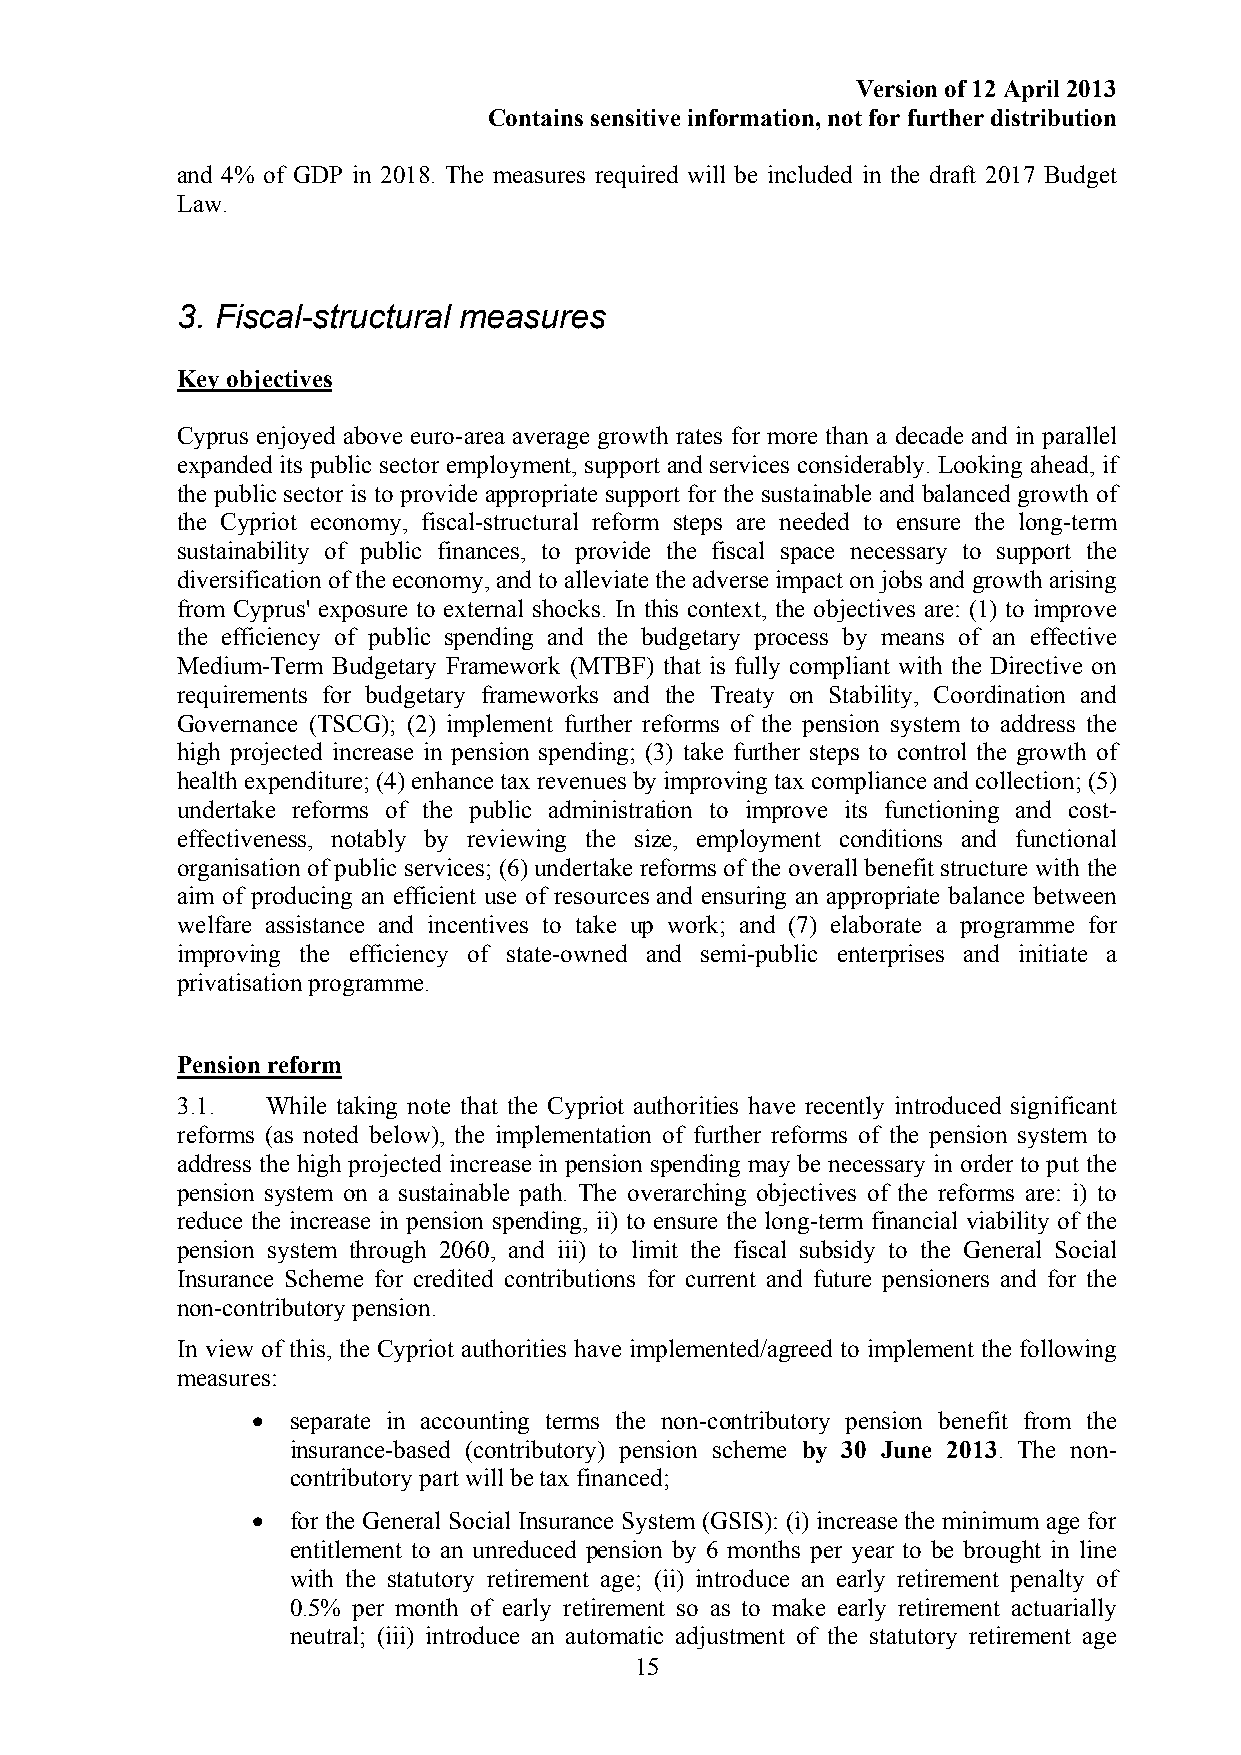
Version of 12 April 2013
 Contains sensitive information, not for further distribution
 and 4% of GDP in 2018. The measures required will be included in the draft 2017 Budget
 Law.
 3. Fiscal-structural measures
 Key objectives
 Cyprus enjoyed above euro-area average growth rates for more than a decade and in parallel
 expanded its public sector employment, support and services considerably. Looking ahead, if
 the public sector is to provide appropriate support for the sustainable and balanced growth of
 the Cypriot economy, fiscal-structural reform steps are needed to ensure the long-term
 sustainability of public finances, to provide the fiscal space necessary to support the
 diversification of the economy, and to alleviate the adverse impact on jobs and growth arising
 from Cyprus' exposure to external shocks. In this context, the objectives are: (1) to improve
 the efficiency of public spending and the budgetary process by means of an effective
 Medium-Term Budgetary Framework (MTBF) that is fully compliant with the Directive on
 requirements for budgetary frameworks and the Treaty on Stability, Coordination and
 Governance (TSCG); (2) implement further reforms of the pension system to address the
 high projected increase in pension spending; (3) take further steps to control the growth of
 health expenditure; (4) enhance tax revenues by improving tax compliance and collection; (5)
 undertake reforms of the public administration to improve its functioning and cost-
 effectiveness, notably by reviewing the size, employment conditions and functional
 organisation of public services; (6) undertake reforms of the overall benefit structure with the
 aim of producing an efficient use of resources and ensuring an appropriate balance between
 welfare assistance and incentives to take up work; and (7) elaborate a programme for
 improving the efficiency of state-owned and semi-public enterprises and initiate a
 privatisation programme.
 Pension reform
 3.1.  While taking note that the Cypriot authorities have recently introduced significant
 reforms (as noted below), the implementation of further reforms of the pension system to
 address the high projected increase in pension spending may be necessary in order to put the
 pension system on a sustainable path. The overarching objectives of the reforms are: i) to
 reduce the increase in pension spending, ii) to ensure the long-term financial viability of the
 pension system through 2060, and iii) to limit the fiscal subsidy to the General Social
 Insurance Scheme for credited contributions for current and future pensioners and for the
 non-contributory pension.
 In view of this, the Cypriot authorities have implemented/agreed to implement the following
 measures:
 • separate in accounting terms the non-contributory pension benefit from the
 insurance-based (contributory) pension scheme by 30 June 2013. The non-
 contributory part will be tax financed;
 • for the General Social Insurance System (GSIS): (i) increase the minimum age for
 entitlement to an unreduced pension by 6 months per year to be brought in line
 with the statutory retirement age; (ii) introduce an early retirement penalty of
 0.5% per month of early retirement so as to make early retirement actuarially
 neutral; (iii) introduce an automatic adjustment of the statutory retirement age
 15